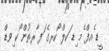
ީޑ ެއފް ެމ ިޑ ަކލް ޯކރގެ ަފ ާރތުން ޯކ ިވޑް